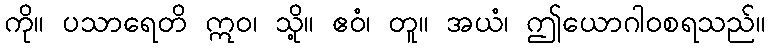
ကို။ ပသာရေတိ ဣဝ၊ သို့။ ဧဝံ၊ တူ။ အယံ၊ ဤယောဂါဝစရသည်။